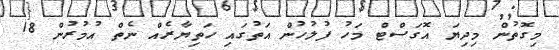
މިގޮތުން މިދިޔަ އޮގަސްޓް މަހު ފުލުހުން އަތުގައި ހަތިޔާރެއް ނެތް އުމުރުން 18